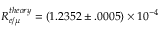
R _ { e / \mu } ^ { t h e o r y } = ( 1 . 2 3 5 2 \pm . 0 0 0 5 ) \times 1 0 ^ { - 4 }